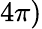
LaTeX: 4\pi)